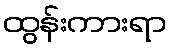
ထွန်းကားရာ